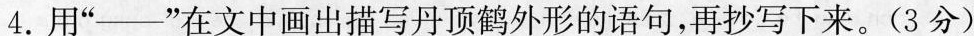
4.用”——”在文中画出描写丹顶鹤外形的语句，再抄写下来。(3分)